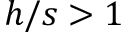
h / s > 1